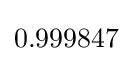
0.999847